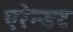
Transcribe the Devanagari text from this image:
एरेन्डट